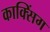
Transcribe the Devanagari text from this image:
काक्सिंग